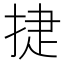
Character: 𭡈